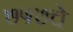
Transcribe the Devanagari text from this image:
७५७चे